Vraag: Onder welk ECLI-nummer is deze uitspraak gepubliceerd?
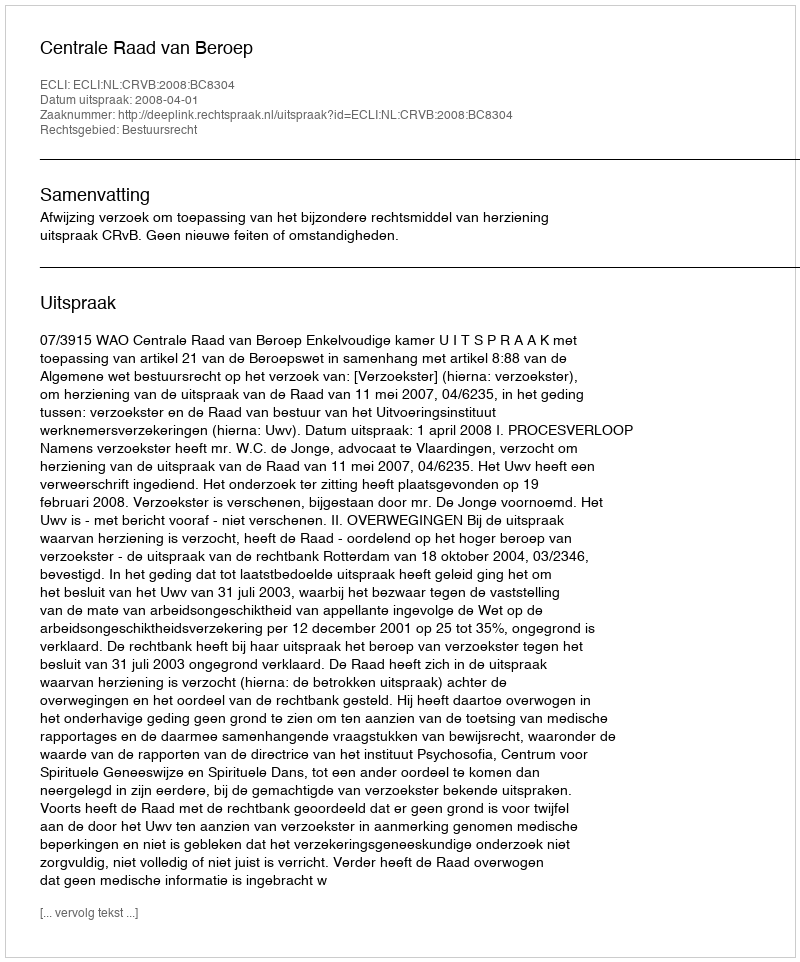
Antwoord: ECLI:NL:CRVB:2008:BC8304